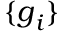
\{ \boldsymbol { g } _ { i } \}